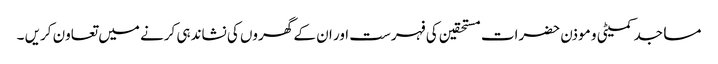
مساجد کمیٹی و موذن حضرات مستحقین کی فہرست اور ان کے گھروں کی نشاندہی کرنے میں تعاون کریں ۔